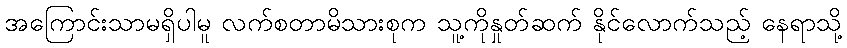
အကြောင်းသာမရှိပါမူ လက်စတာမိသားစုက သူ့ကိုနှုတ်ဆက် နိုင်လောက်သည့် နေရာသို့